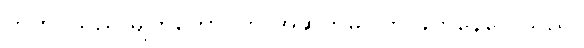
ကိုဟိုင်သည် မျက်တောင်ကို အဆက်မပြတ် ခတ်နေလေသည်။